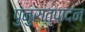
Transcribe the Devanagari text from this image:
पुनुरात्पादन